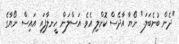
"ދެން ބުނެބަލަ." ނޯޔާ އާދޭސް ކޮށްލި އެވެ. އަސްލަން ހީނލާފައި އައިސް ނޯޔާގެ